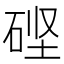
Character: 𬒎